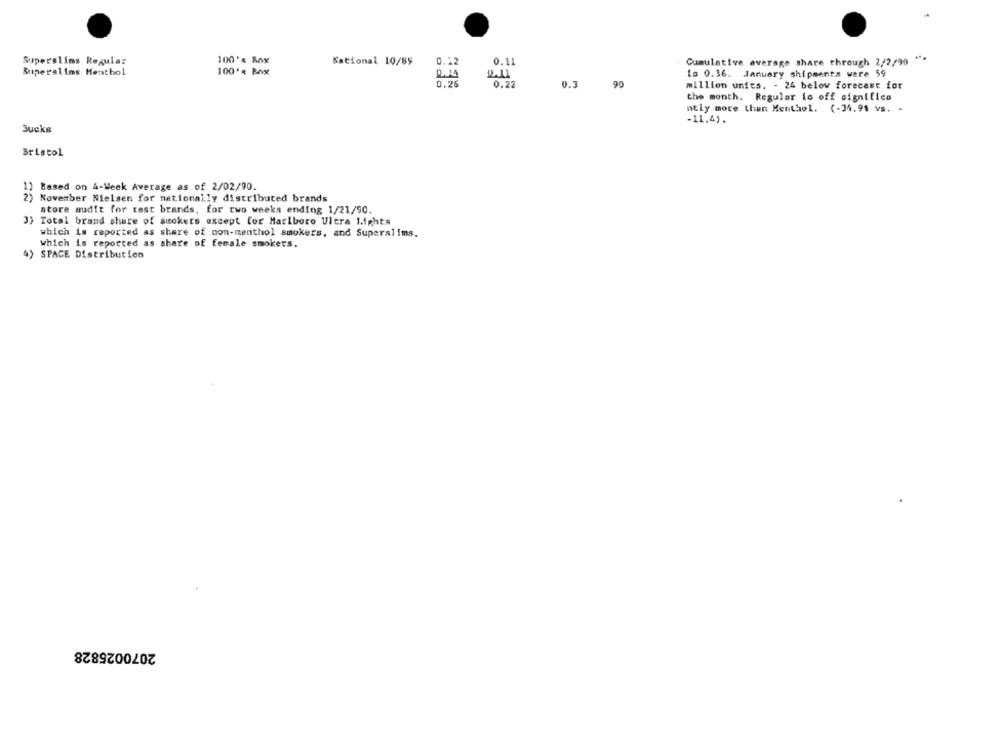
100's Rox
Superslims Regula:
National 10/85
0.12
0.11
Cumulative average share through 2/2/90 " **
Superalims Menthol
100': Box
4.11
La 0.36. January shipments were 59
0.26
0.22
0.3
90
million units, - 24 below forecast for
the month. Regular lo off significa
ntly more than Menthol. (-34.91 vs. -
-11.4).
Sucks
Bristol
1) Based on 4-Week Average as of 2/02/90.
2) November Nielsen for nationally distributed brands
store audit for test brands, for two weeks ending 1/21/90.
3) Total brand share of smokers except for Marlboro Ultra 1.ights
which is reported as share of non-menthol smokers, and Superalims.
which is reported as share of female smokers.
") SPACE Distribution
2070025828